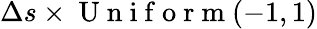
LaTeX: \Delta s\times\mathrm{~U~n~i~f~o~r~m~}(-1,1)